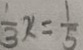
\frac { 1 } { 3 } x = \frac { 1 } { 5 }